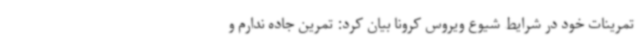
تمرینات خود در شرایط شیوع ویروس کرونا بیان کرد: تمرین جاده ندارم و